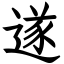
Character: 遂